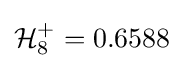
{\mathcal {H}}_{8}^{+}=0.6588